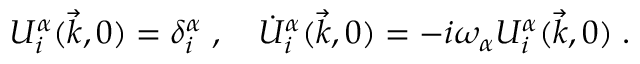
U _ { i } ^ { \alpha } ( \vec { k } , 0 ) = \delta _ { i } ^ { \alpha } \; , \quad \dot { U } _ { i } ^ { \alpha } ( \vec { k } , 0 ) = - i \omega _ { \alpha } U _ { i } ^ { \alpha } ( \vec { k } , 0 ) \; .